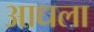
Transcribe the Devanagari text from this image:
आधला